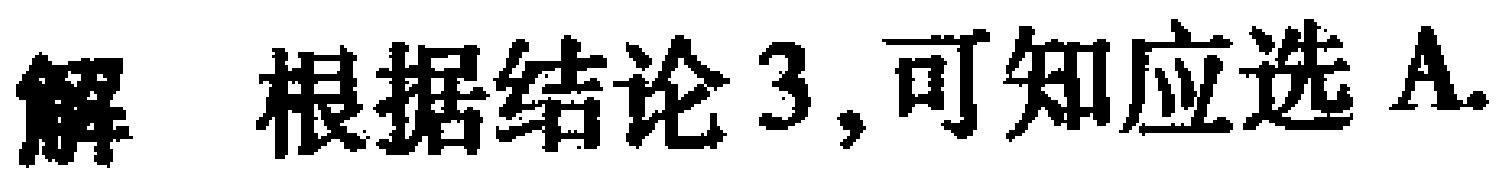
解 根据结论3,可知应选A.